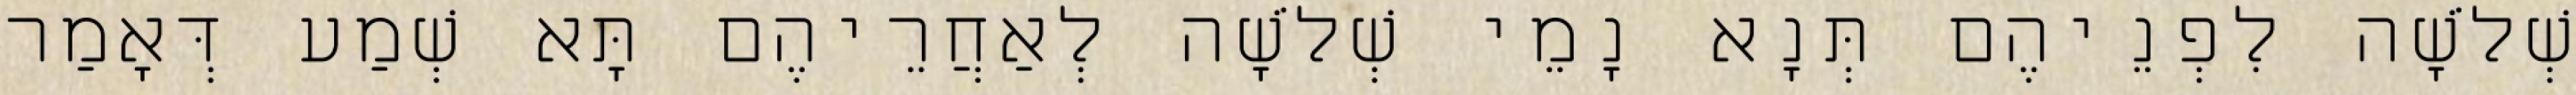
שְׁלֹשָׁה לִפְנֵיהֶם תְּנָא נָמֵי שְׁלֹשָׁה לְאַחֲרֵיהֶם תָּא שְׁמַע דְּאָמַר